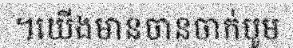
។យើងមានចានចាក់បូម